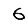
Digit: 6